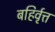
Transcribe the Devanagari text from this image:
बहिर्वृत्त